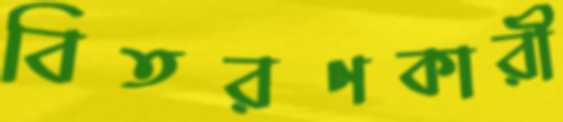
বিতরণকারী